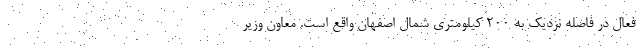
فعال در فاصله نزدیک به ۲۰۰ کیلومتری شمال اصفهان واقع است. معاون وزیر